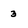
Character: 3